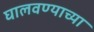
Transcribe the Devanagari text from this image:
घालवण्याच्या